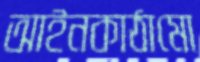
আইনকাঠামো